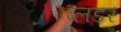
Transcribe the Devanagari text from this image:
ब्लडर